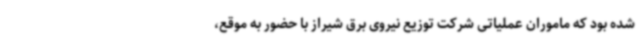
شده بود که ماموران عملیاتی شرکت توزیع نیروی برق شیراز با حضور به موقع،